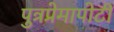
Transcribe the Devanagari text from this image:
पुत्रप्रेमापोटी